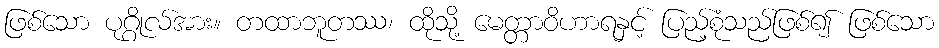
ဖြစ်သော ပုဂ္ဂိုလ်အား။ တထာဘူတဿ၊ ထိုသို့ မေတ္တာဝိဟာရနှင့် ပြည့်စုံသည်ဖြစ်၍ ဖြစ်သော